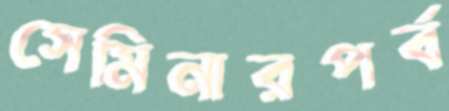
সেমিনারপর্ব